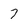
Character: 7